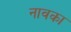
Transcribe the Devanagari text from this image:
नावका